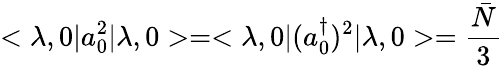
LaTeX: <\lambda,0|a_{0}^{2}|\lambda,0>=<\lambda,0|(a_{0}^{\dagger})^{2}|\lambda,0>=\frac{{\bar{N}}}{3}